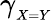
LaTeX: \gamma_{_{X=Y}}